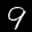
Label: 9